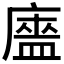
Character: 𰐃